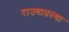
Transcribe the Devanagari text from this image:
राज्‍यातल्‍या